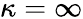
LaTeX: \kappa=\infty